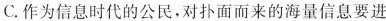
C.作为信息时代的公民，对扑面而来的海量信息要进